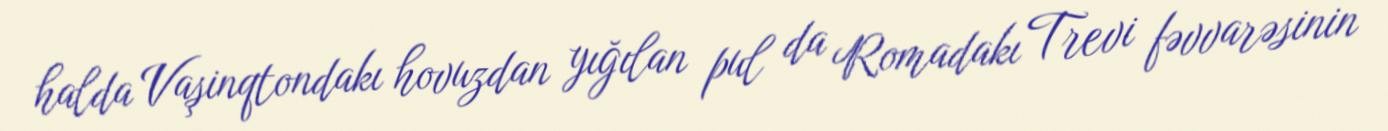
halda Vaşinqtondakı hovuzdan yığılan pul da Romadakı Trevi fəvvarəsinin